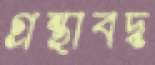
গ্রন্থাবদ্ধ